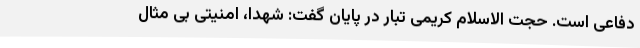
دفاعی است. حجت الاسلام کریمی تبار در پایان گفت: شهدا، امنیتی بی مثال